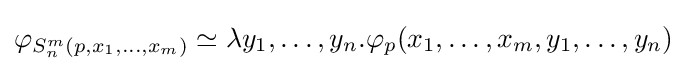
\varphi _{S_{n}^{m}(p,x_{1},\dots ,x_{m})}\simeq \lambda y_{1},\dots ,y_{n}.\varphi _{p}(x_{1},\dots ,x_{m},y_{1},\dots ,y_{n})